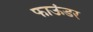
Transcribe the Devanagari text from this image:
फाऊंडर